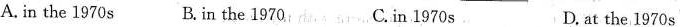
A. in the 1970s B. in the 1970 C. in 1970 s D. at the 1970s